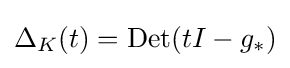
\Delta _{K}(t)={\rm {Det}}(tI-g_{*})